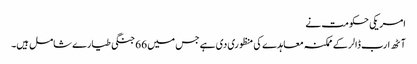
امریکی حکومت نے
آٹھ ارب ڈالر کے ممکنہ معاہدے کی منظوری دی ہے جس میں 66 جنگی طیارے شامل ہیں۔